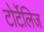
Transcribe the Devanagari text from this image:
टोर्टेलिज